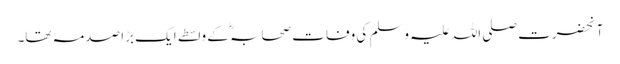
آنحضرت صلی اللہ علیہ وسلم کی وفات صحابہؓ کے واسطے ایک بڑا صدمہ تھا۔